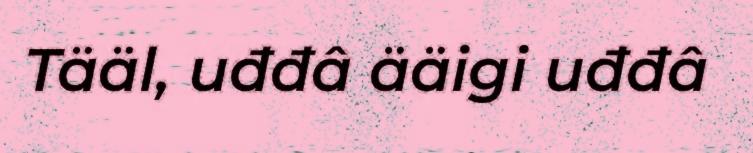
Tääl, uđđâ ääigi uđđâ